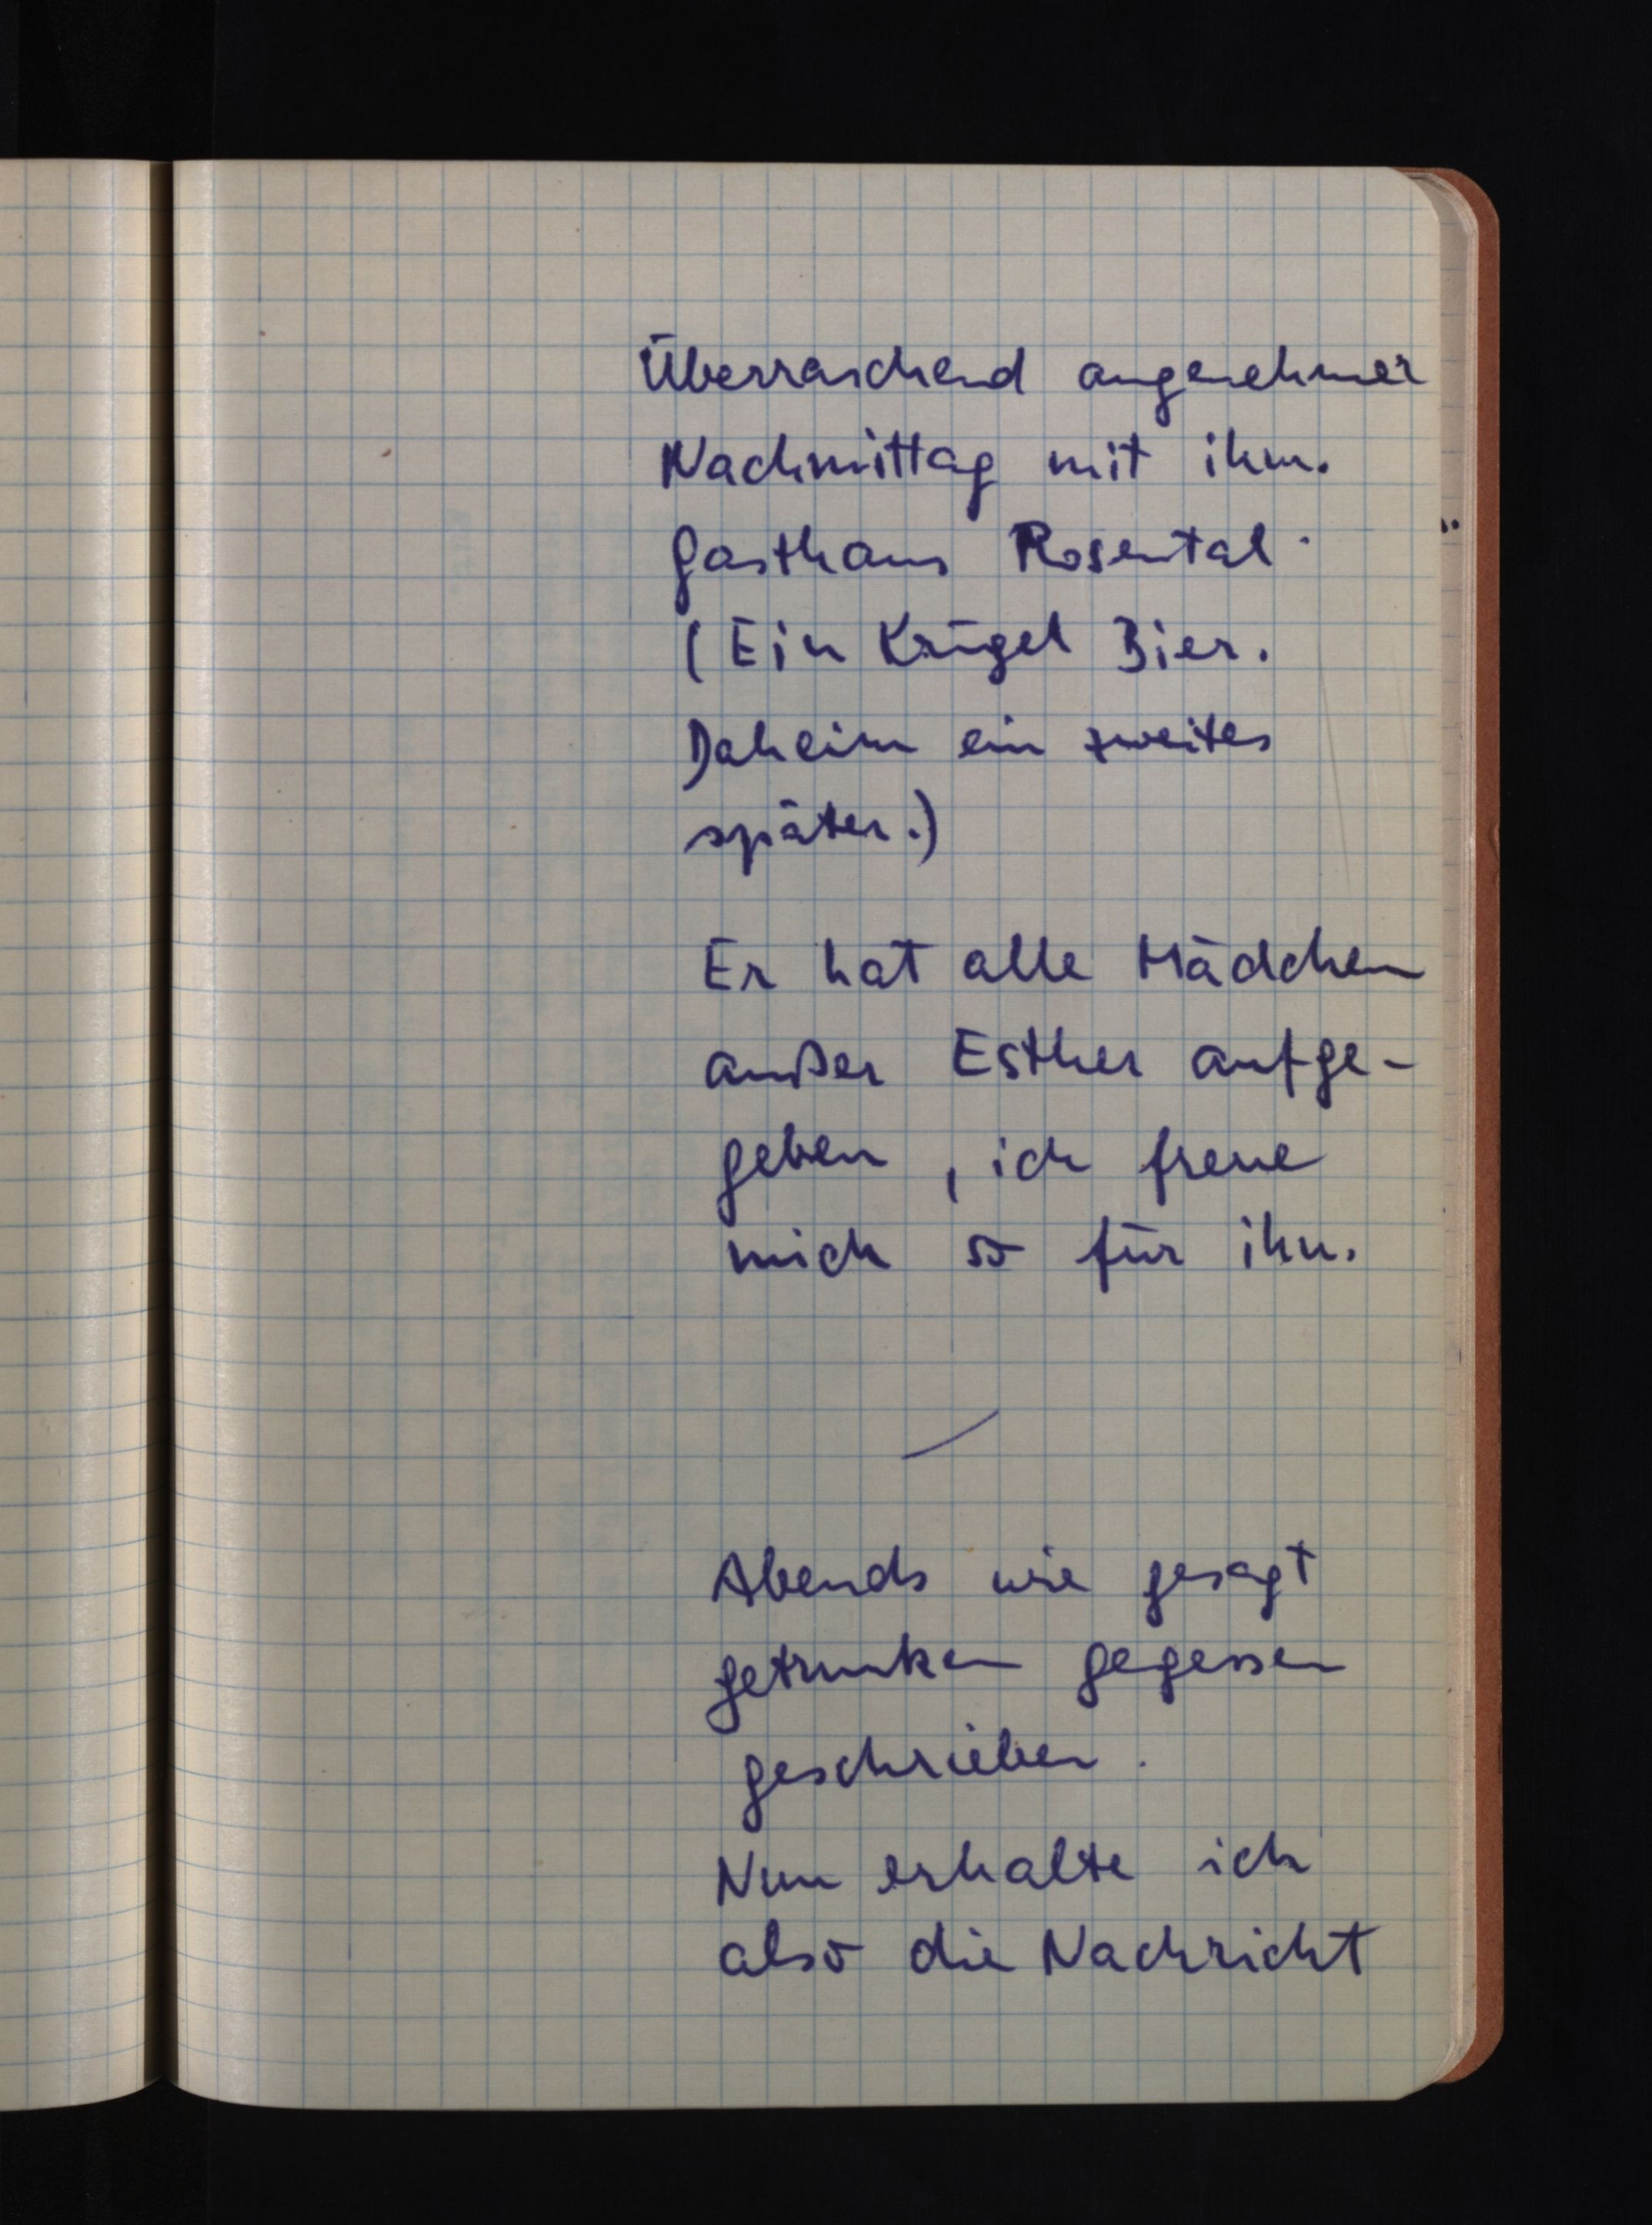
Überraschend angenehmer
Nachmittag mit ihm.
Gasthaus Rosental.
(Ein Krügel Bier.
Daheim ein zweites
später.)
Er hat alle Mädchen
außer Esther aufge¬
geben, ich freue
mich so für ihn.
Abends wie gesagt
getrunken gegessen
geschrieben.
Nun erhalte ich
also die Nachricht